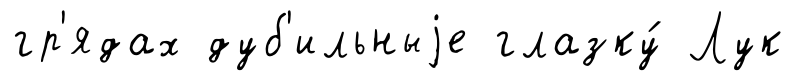
гр'ядах дуб'ильныjе глазку́ Лук